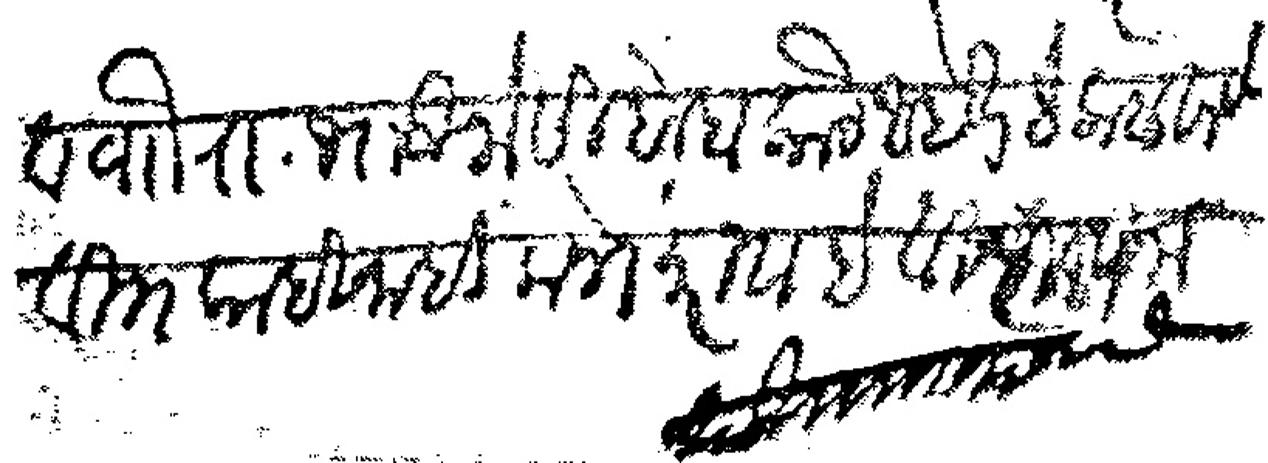
Transliteration (Devanagari): व वाो रा भाऊ जोशीबोवा कोठे आहेत हे कळवावे वि काही नाही लोभ करावा हे विज्ञापना